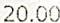
20.00